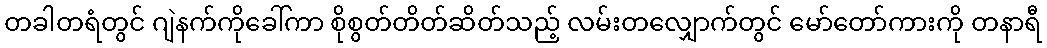
တခါတရံတွင် ဂျဲနက်ကိုခေါ်ကာ စိုစွတ်တိတ်ဆိတ်သည့် လမ်းတလျှောက်တွင် မော်တော်ကားကို တနာရီ